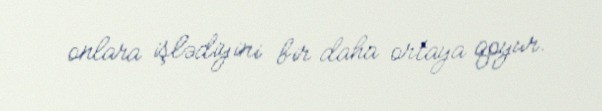
onlara işlədiyini bir daha ortaya qoyur.